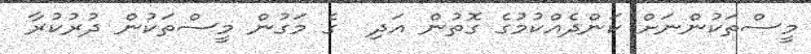
މީސްތަކުންނަށް ކަންދެއްކުމުގެ ގޮތުން އަދި  ގެ މަގުން މީސްތަކުން ދުރުކުރާ